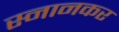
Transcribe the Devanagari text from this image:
स्नानकर